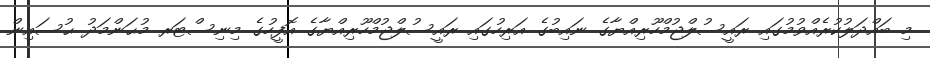
މި ބައްދަލުކުރެއްވުމުގައި ރައީސުލްޖުމްހޫރިއްޔާގެ ނައިބުގެ އަރިހުގައި ރައީސުލްޖުމްހޫރިއްޔާގެ އޮފީހުގެ މިނިސްޓަރ މުޙަންމަދު ޙުސައިން